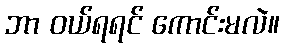
ဘာ ဝယ်ရရင် ကောင်းမလဲ။